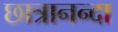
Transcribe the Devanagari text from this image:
छात्रानन्दा